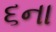
૬ના